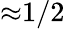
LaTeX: {\approx}1/2